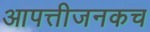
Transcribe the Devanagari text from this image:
आपत्तीजनकच